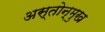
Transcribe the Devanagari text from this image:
अस्तोन्मुख